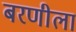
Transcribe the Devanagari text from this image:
बरणीला